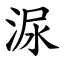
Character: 㳮